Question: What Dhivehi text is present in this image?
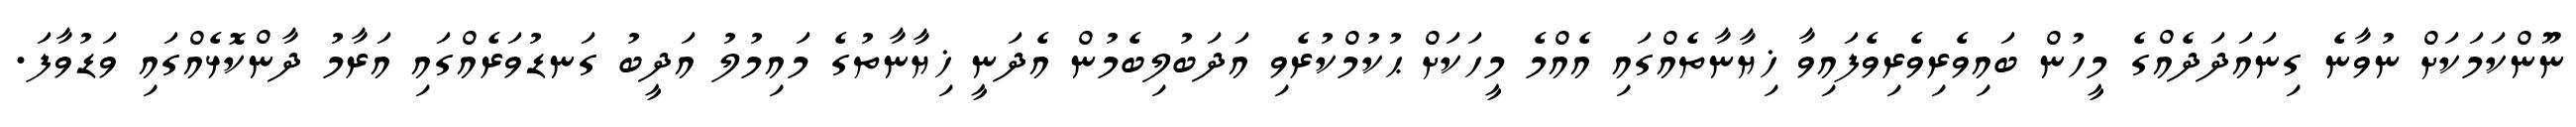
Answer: ނޫންކަމަކަށް ނުވާނެ ގިނައަދަދެއްގެ މީހުން ބައިވެރިވެރިވެފައިވާ ޚިޔާނާތެއްގައި އެއްމެ މީހަކަށް ޙުކުމްކުރެވި އަދަބުލިބެމުން އެދަނީ ޚިޔާނާތުގެ މައިމުލު އަދީބު ގަނޑުވަރެއްގައި އަރާމު ދާންކޮޅެއްގައި ވަޑުވާފަ.